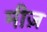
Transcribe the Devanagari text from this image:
मीज़